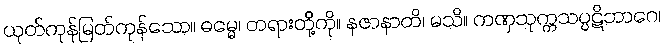
ယုတ်ကုန်မြတ်ကုန်သော။ ဓမ္မေ၊ တရားတို့ကို။ နဇာနာတိ၊ မသိ။ ကဏှသုက္ကသပ္ပဋိဘာဂေ၊